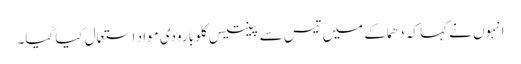
انہوں نے کہا کہ دھماکے میں تیس سے پینتیس کلو بارودی مواد استعمال کیا گیا۔